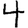
Digit: 4